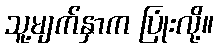
သူ့မျက်နှာက ပြုံးလို့။